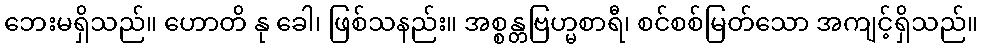
ဘေးမရှိသည်။ ဟောတိ နု ခေါ၊ ဖြစ်သနည်း။ အစ္စန္တဗြဟ္မစာရီ၊ စင်စစ်မြတ်သော အကျင့်ရှိသည်။